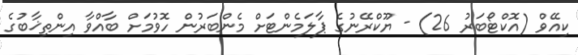
ކިއޭވް (އޮކްޓޯބަރު 26) - ޔޫކްރޭނުގެ ޕާލަމެންޓަށް މެންބަރުން ހޮވުމަށް ބާއްވާ އިންތިޚާބުގެ